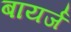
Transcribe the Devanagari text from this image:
बायर्ज